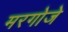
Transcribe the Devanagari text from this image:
मरगोजे